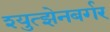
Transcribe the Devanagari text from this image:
श्युत्झेनबर्गर